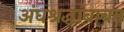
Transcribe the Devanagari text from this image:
अंधश्रद्धांबाबत